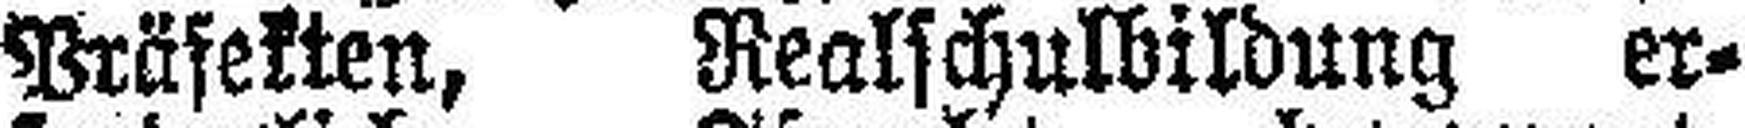
Präfekten, Realschulbildung er¬